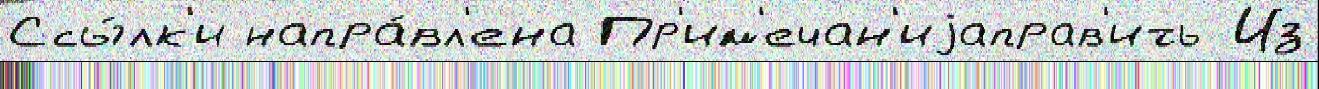
Ссы́лк'и напра́вл'ена Пр'им'ечан'иjаправ'ить Из